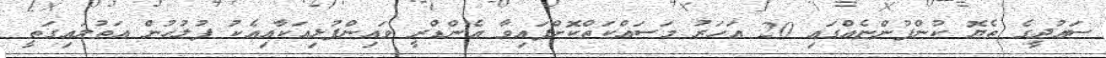
ސައުދީގެ ތެޔޮ ކުންފުންޏެއްގައި 20 އަހަރު މަސައްކަތްކޮށްފައިވާ އެންޑްރީ ވައިންފުޅިއަކާއިއެކު ފުލުހުން އަތުލައިގަތީ